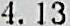
4.13